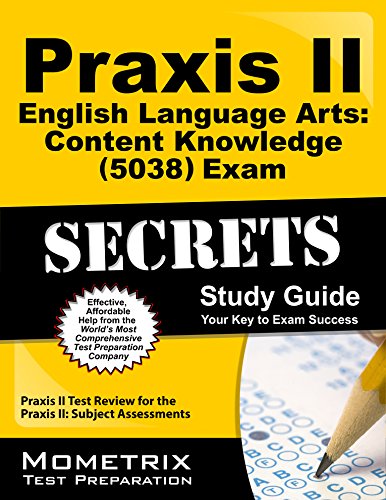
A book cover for Praxis II English Language Arts: Content Knowledge (5038) Exam Secrets Study Guide: Praxis II Test Review for the Praxis II: Subject Assessments; Praxis II Exam Secrets Test Prep Team; Test Preparation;